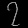
Digit: ၇